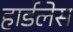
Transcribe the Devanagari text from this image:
हार्डलेस